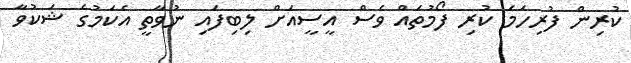
ކުރިން ފުރިހަމަ ކުރި ފޯމުތައް ވެސް އީސީއަށް ލިބިފައި ނުވާތީ އެކަމުގެ ޝަކުވާ